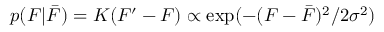
p ( F | \bar { F } ) = K ( F ^ { \prime } - F ) \propto \exp ( - ( F - \bar { F } ) ^ { 2 } / 2 \sigma ^ { 2 } )